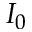
I _ { 0 }